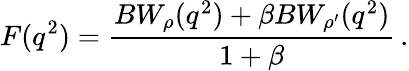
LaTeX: F(q^{2})=\frac{BW_{\rho}(q^{2})+\beta BW_{\rho^{\prime}}(q^{2})}{1+\beta}\, .